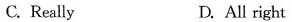
C.Really D. All right